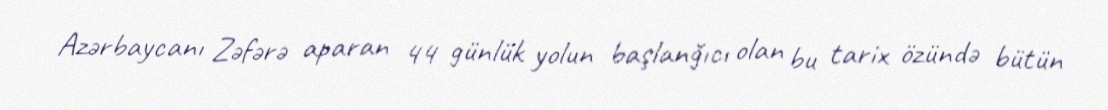
Azərbaycanı Zəfərə aparan 44 günlük yolun başlanğıcı olan bu tarix özündə bütün